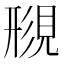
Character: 𫌟